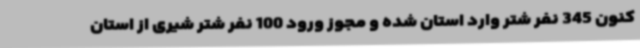
کنون 345 نفر شتر وارد استان شده و مجوز ورود 100 نفر شتر شیری از استان